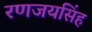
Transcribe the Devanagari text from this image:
रणजयसिंह